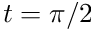
t = \pi / 2